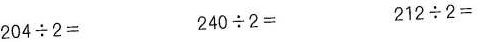
$$204\div2＝$$ $$240\div2＝$$ $$212\div2＝$$